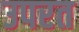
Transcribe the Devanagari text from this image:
उपरत